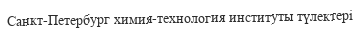
Санкт-Петербург химия-технология институты түлектері